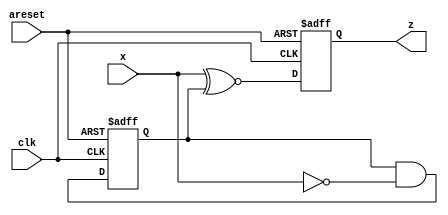
module top_module (
    input clk,
    input areset,
    input x,
    output reg z
); 
    reg cout;
    always@(posedge clk or posedge areset) begin
        if(areset) begin
        	cout<=1;
            z<=0;
        end
        else begin
            cout<=cout&(~x);
            z<=x~^cout;
        end
    end
endmodule